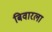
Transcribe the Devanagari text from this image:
बिवारला